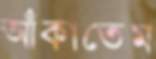
আঁকাতেম